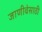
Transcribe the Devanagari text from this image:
जाणीवेसाठी